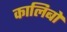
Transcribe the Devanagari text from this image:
कालिबो